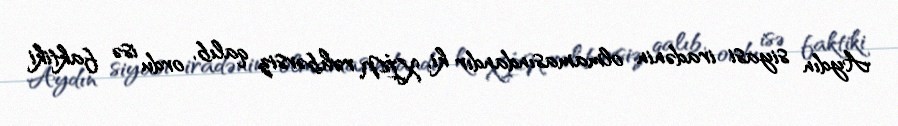
Aydın siyasi iradənin olmamasındandır ki, XİN rəhbərsiz qalıb, ordu isə faktiki